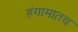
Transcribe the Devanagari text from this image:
हंगामातच